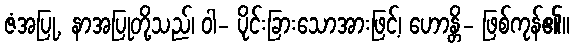
ဇံအပြု, နာအပြုတို့သည်၊ ဝါ- ပိုင်းခြားသောအားဖြင့်၊ ဟောန္တိ- ဖြစ်ကုန်၏။